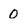
Character: 0